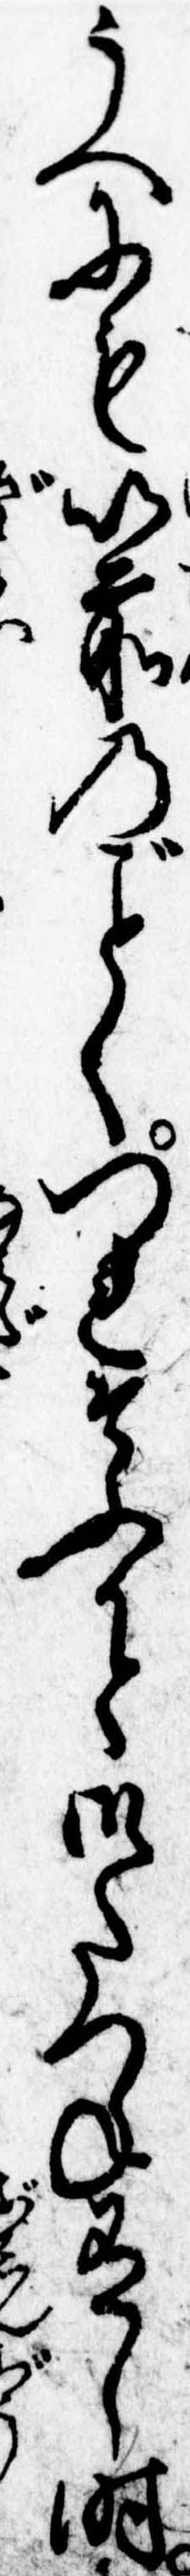
うへにも以前のくつれそふかと御たつね有し時